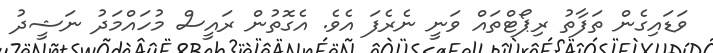
ވަޑައިގެން ތަފާތު ރިޕޯޓްތައް ވަނީ ނެރެފަ އެވެ. އެގޮތުން ރައީސް މުހައްމަދު ނަޝީދު